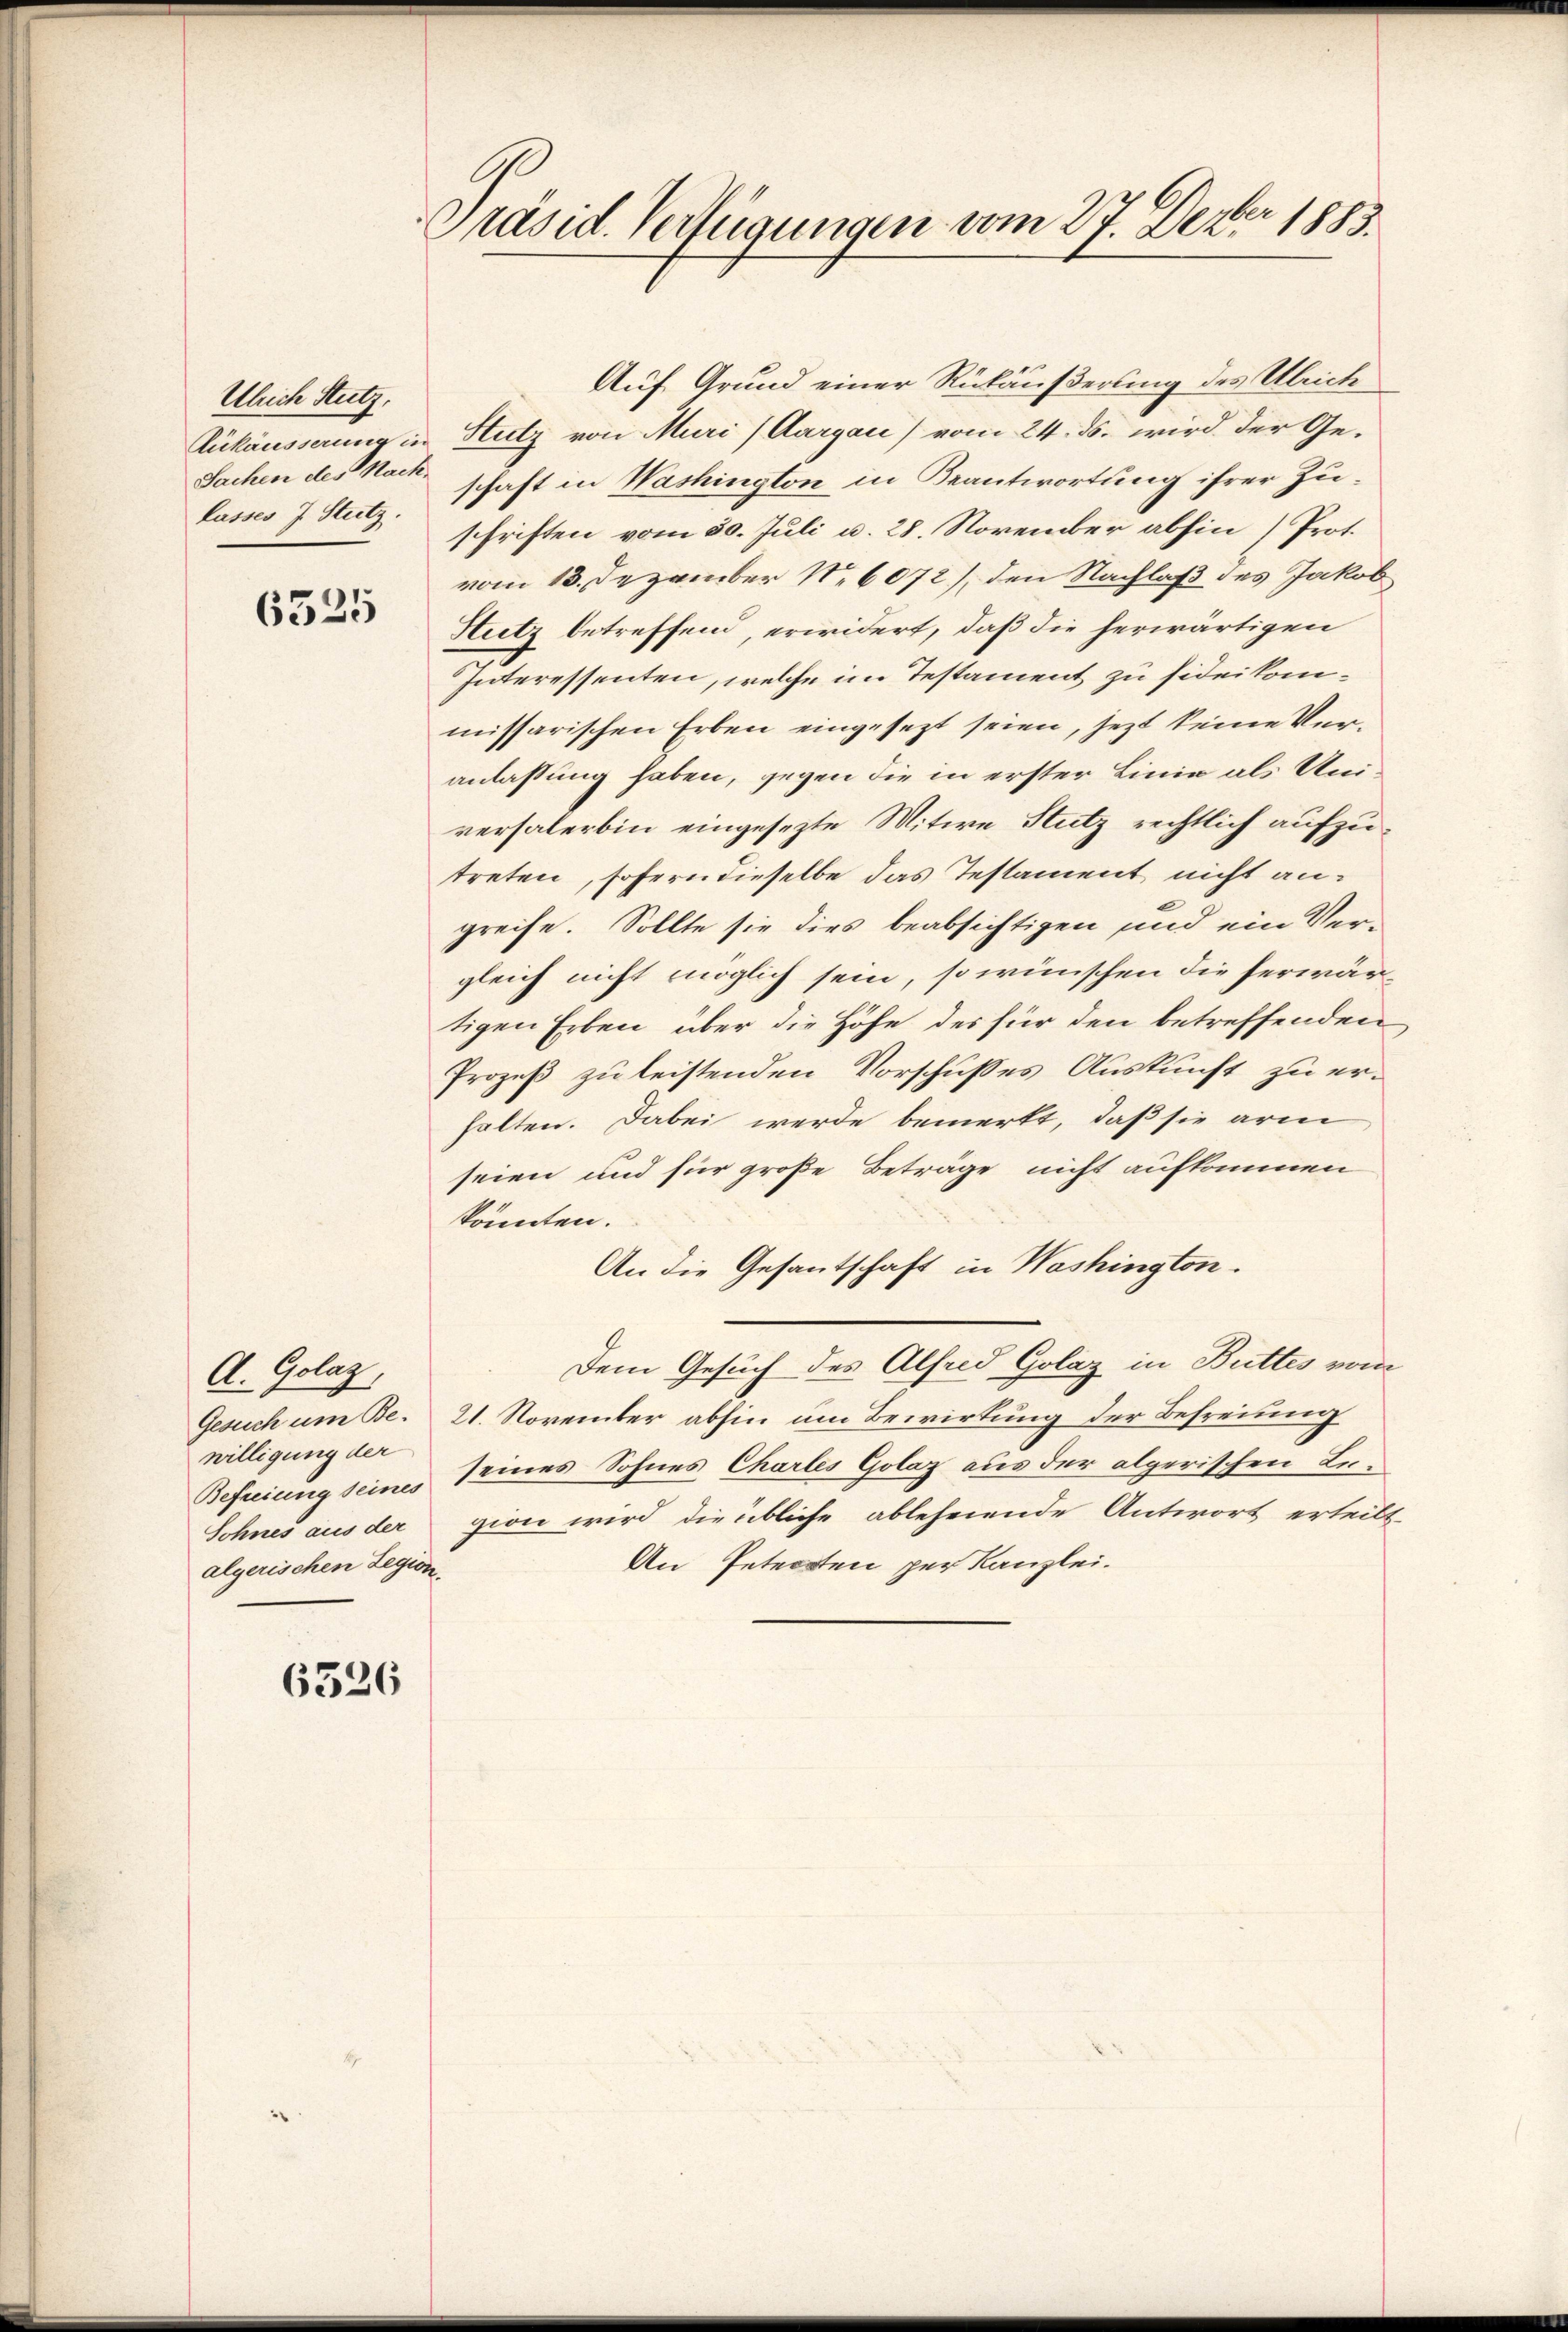
Ulrich Stutz,
lasses J. Stutz.

6525

A. Golaz,
Gesuch um Bewilligung der
algerischen Legion.

6526

Präsid. Verfügungen vom 27. Dezbr 1883.

Auf Grund einer Rückäußerung des Ulrich
Zukäusserung in Stutz von Muri (Aargau) vom 24. ds. wird der Ge¬
Sachen des Nack schaft in Washington in Beantwortung ihrer Zuschriften vom 30. Juli u. 28. November abhin (Prot.
vom 13. Dezember 16072), den Nachlaß des Jakob
Hutz betreffend, erwidert, daß die herwärtigen
Interessenten, welche im Testament zu fideikommissarischen Erben eingesezt seien, jezt keine Veranlassung haben, gegen die in erster Linie als Universalerbin eingesezte Mitwe Stutz rechtlich aufzutreten, sofern dieselbe das Testament nicht angreife. Sollte sie dies beabsichtigen und ein Ver-
gleich nicht möglich sein, so wünschen die herwärtigen Erben über die Höfe des für den betreffenden
Prozeß zu leistenden Vorschußes Auskunft zu erhalten. Dabei werde bemerkt, daß sie arm
seien und für große Beträge nicht aufkommen
könnten.
An die Gesantschaft in Washington.
Dem Gesuch des Alfeld Golaz in Buttes vom
21. November abhin um Bewirkung der Befreiung
Befreiung seines seines Sohnes Charles Golaz aus der algerischen Lei¬
Sohnes aus der zion wird die übliche ablehnende Antwort erteilt
An Petenten per Kanzlei.